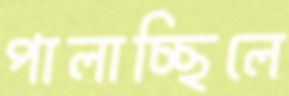
পালাচ্ছিলে